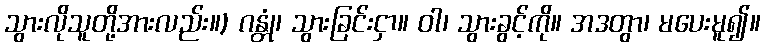
သွားလိုသူတို့အားလည်း။) ဂန္တုံ၊ သွားခြင်းငှာ။ ဝါ၊ သွားခွင့်ကို။ အဒတွာ၊ မပေးမူ၍။